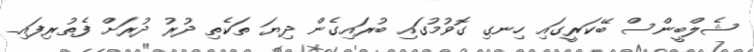
ޝެލްބީންސް ބޭކަރީގައި ހިނގި ގޮވުމުގައި ބުރައިގެން ދިޔަ ތަކެތި ދުރު ދުރަށް ފެތުރިފައި_